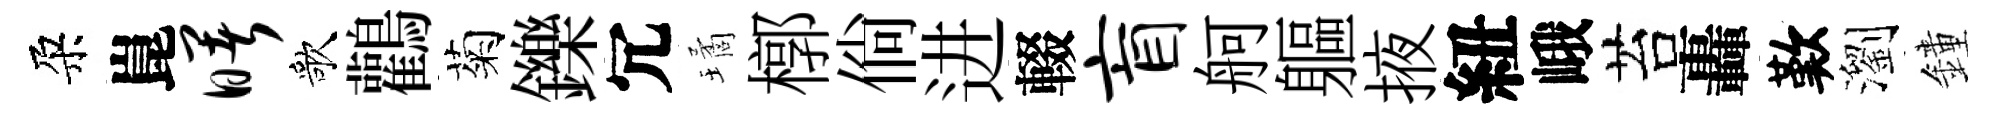
朶崑曙歌鸛菊鑠冗璚槨倘进輟盲舸軀掖紐峨苔轟歎瀏鐘